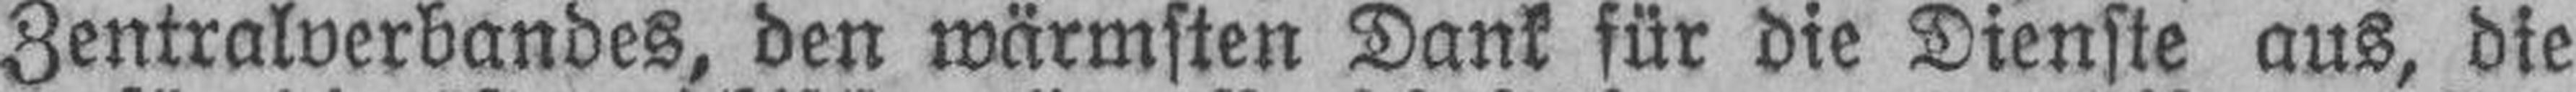
Zentralverbandes, den wärmsten Dank für die Dienste aus, die